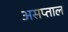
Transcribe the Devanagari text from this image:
असप्ताल